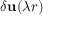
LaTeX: \delta \mathbf { u } ( \lambda r )